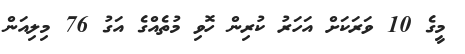
މީގެ 10 ވަރަކަށް އަހަރު ކުރިން ހޮވި މުތެއްގެ އަގު 76 މިލިއަން